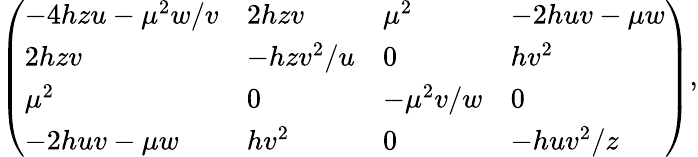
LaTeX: \left(\begin{array}{llll}{{-4hzu-\mu^{2}w/v}}&{{2hzv}}&{{\mu^{2}}}&{{-2huv-\mu w}}\\ {{2hzv}}&{{-hzv^{2}/u}}&{{0}}&{{hv^{2}}}\\ {{\mu^{2}}}&{{0}}&{{-\mu^{2}v/w}}&{{0}}\\ {{-2huv-\mu w}}&{{hv^{2}}}&{{0}}&{{-huv^{2}/z}}\end{array}\right),